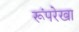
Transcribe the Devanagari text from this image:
रूंपरेखा